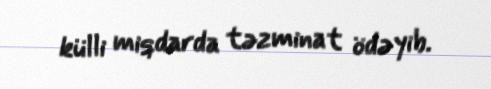
külli miqdarda təzminat ödəyib.